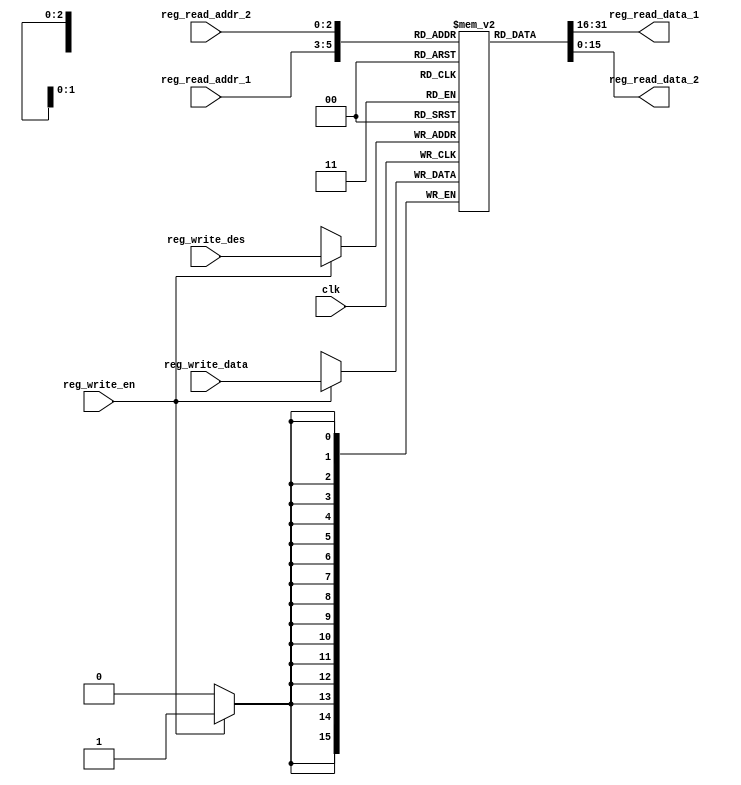
`timescale 1ns / 1ps

module Registers(clk, reg_write_en, reg_write_des, reg_write_data, reg_read_addr_1, reg_read_addr_2, reg_read_data_1, reg_read_data_2);
  
  input clk;
  input reg_write_en;
  input [2:0] reg_write_des;
  input [15:0] reg_write_data;
  input [2:0] reg_read_addr_1, reg_read_addr_2;
  output [15:0] reg_read_data_1, reg_read_data_2;
  reg [15:0] reg_file [7:0];
  integer i;
  
  initial
    begin
      for(i=0;i<8;i=i+1)
        begin
          reg_file[i] <= 16'd0;
        end
    end
  
  
  always @(posedge clk )
    begin
      if(reg_write_en) 
        begin
          reg_file[reg_write_des] <= reg_write_data;
        end
    end
  
  assign reg_read_data_1 = reg_file[reg_read_addr_1];
  assign reg_read_data_2 = reg_file[reg_read_addr_2];
  
endmodule